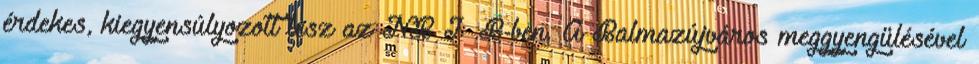
érdekes, kiegyensúlyozott lesz az NB I B-ben. A Balmazújváros meggyengülésével